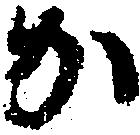
か